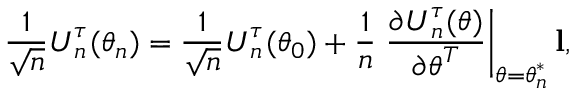
\frac { 1 } { \sqrt { n } } \boldsymbol { U } _ { n } ^ { \boldsymbol { \tau } } ( \boldsymbol { \theta } _ { n } \boldsymbol { ) } = \frac { 1 } { \sqrt { n } } \boldsymbol { U } _ { n } ^ { \tau } ( \boldsymbol { \theta } _ { 0 } ) + \frac { 1 } { n } \left. \frac { \partial \boldsymbol { U } _ { n } ^ { \tau } ( \boldsymbol { \theta } ) } { \partial \boldsymbol { \theta } ^ { T } } \right\vert _ { \boldsymbol { \theta = \theta } _ { n } ^ { \ast } } \mathbf { l } \boldsymbol { , }